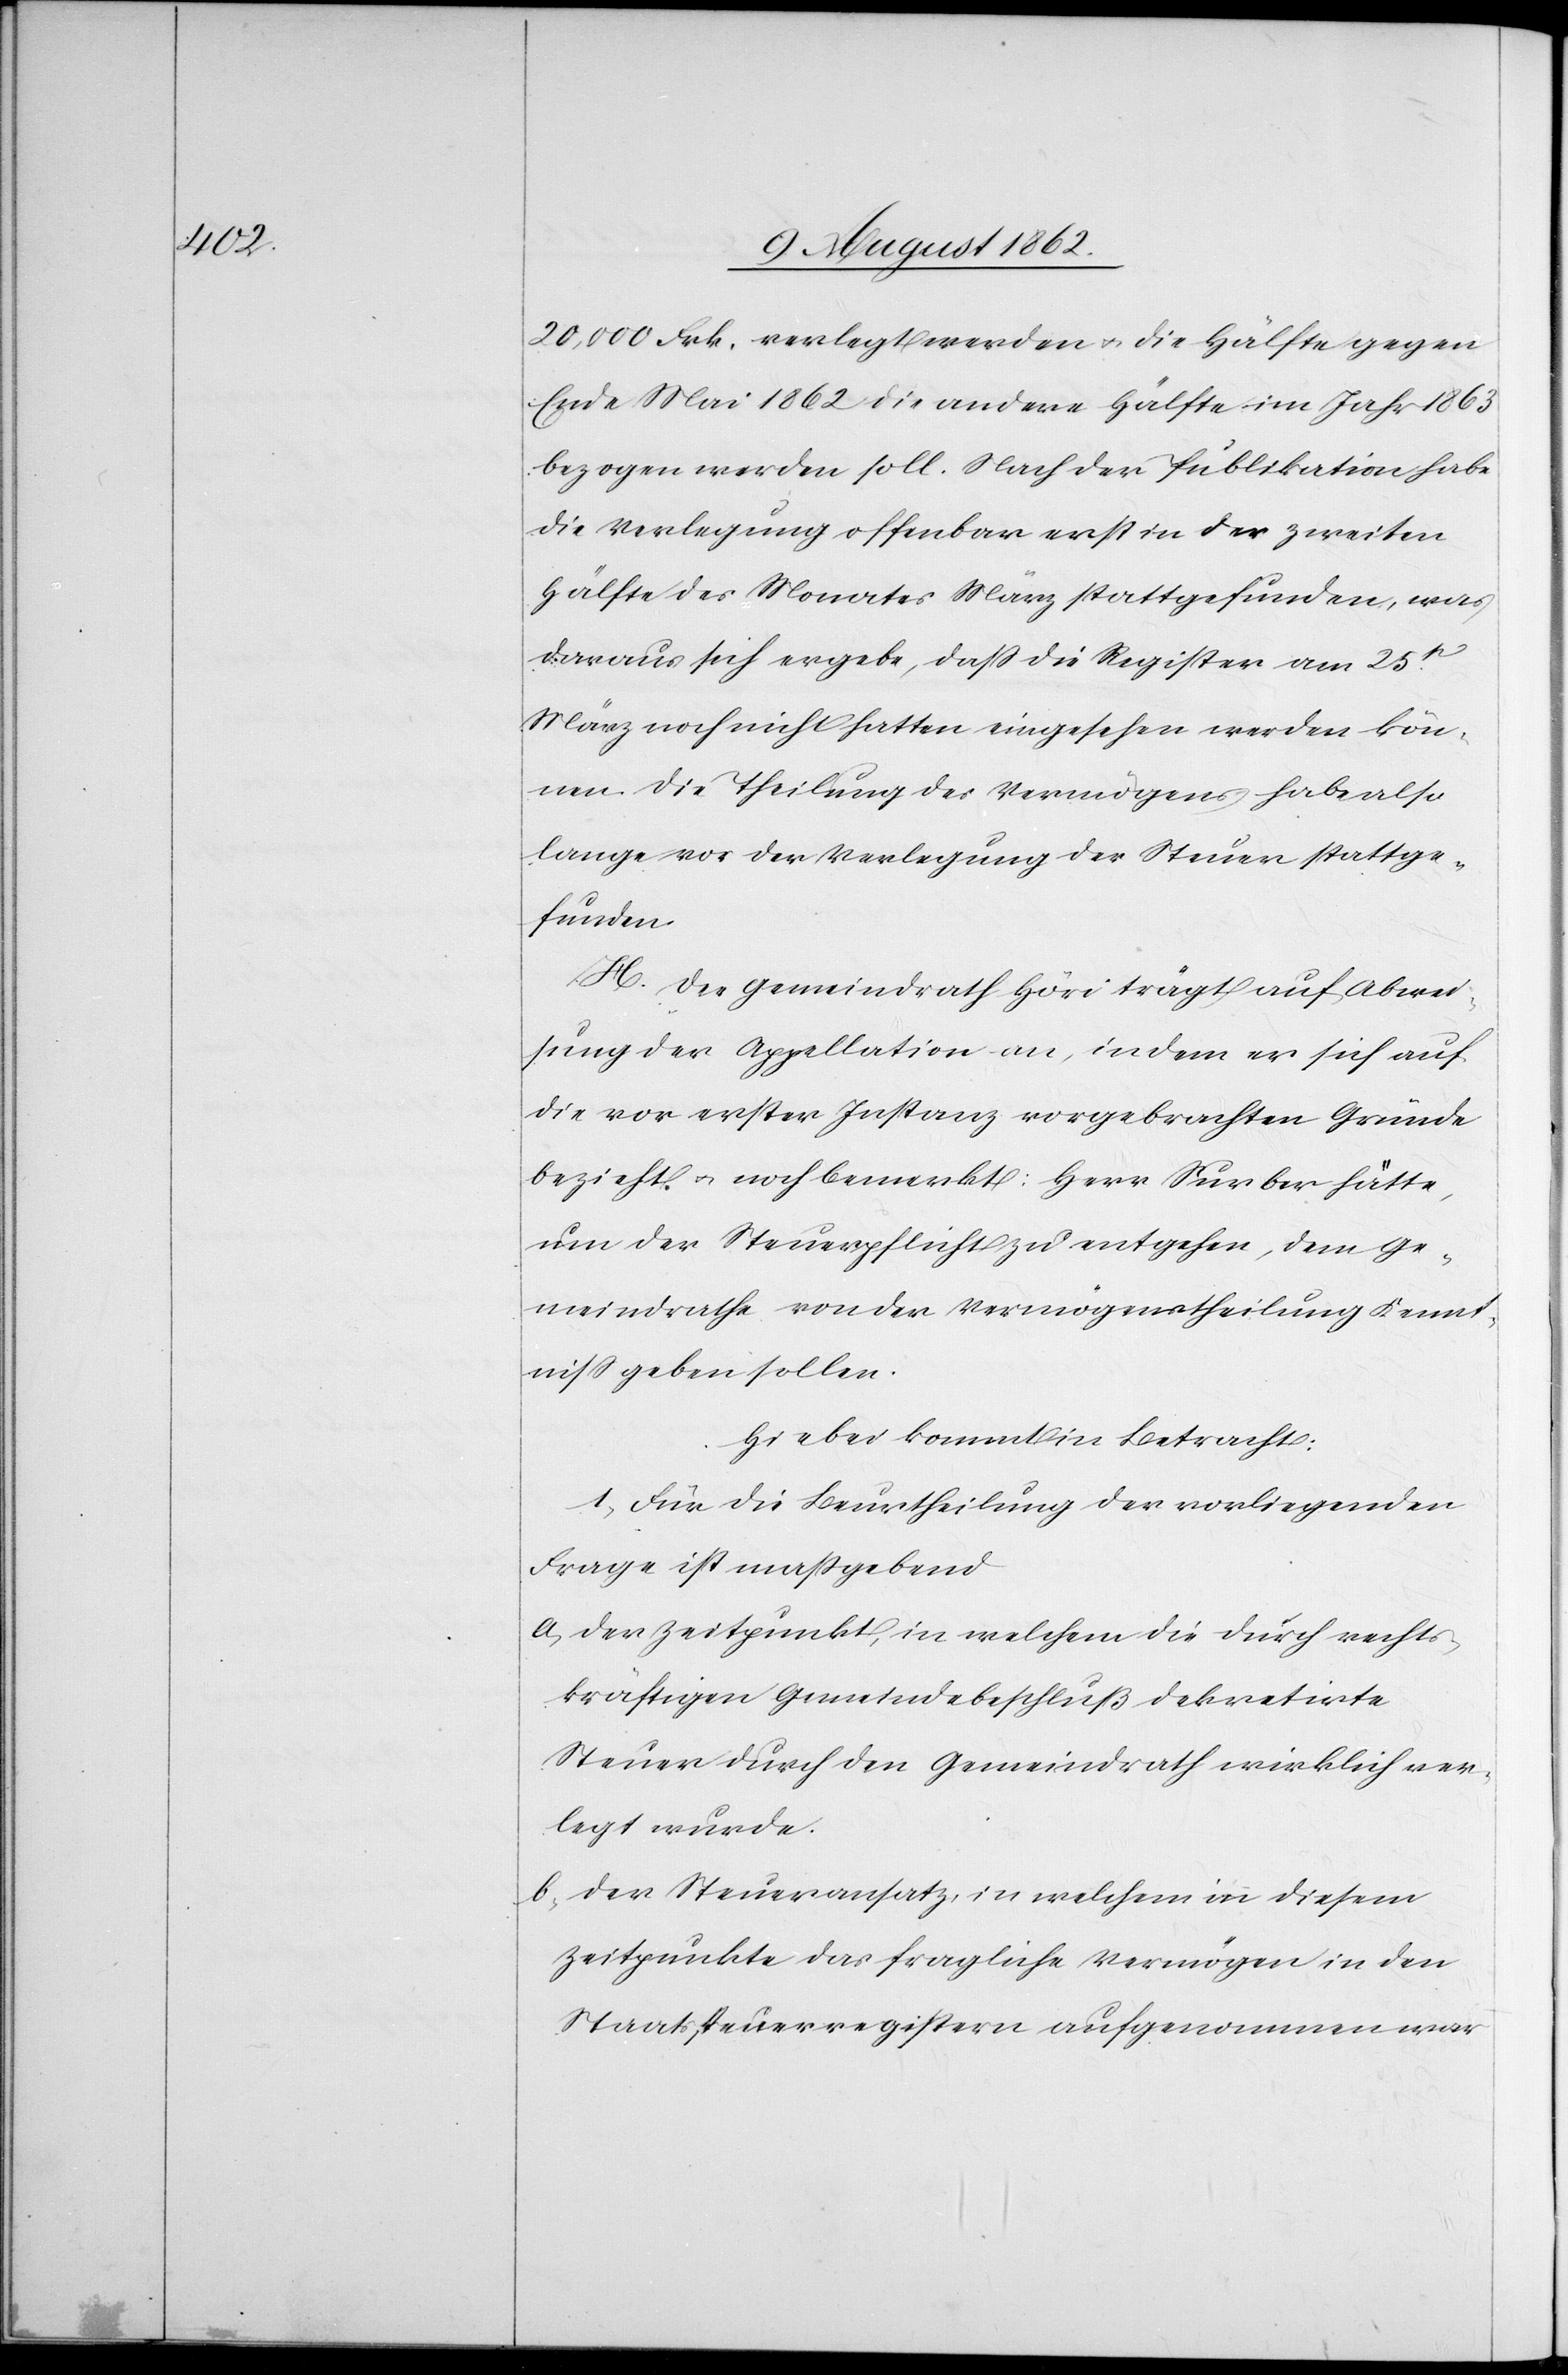
20,000 Frk. verlegt werden u. die Hälfte gegen
Ende Mai 1862 die andere Hälfte im Jahr 1863
bezogen werden soll. Nach der Publikation habe
die Verlegung offenbar erst in der zweiten
Hälfte des Monates März stattgefunden, was
daraus sich ergebe, daß die Register am 25st
März noch nicht hatten eingesehen werden kön¬
nen. Die Theilung des Vermögens habe also
lange vor der Verlegung der Steuer stattge¬
funden.
H. Der Gemeindrath Höri trägt auf Abwei¬
sung der Appellation an, indem er sich auf
die vor erster Instanz vorgebrachten Gründe
bezieht u. noch bemerkt: Herr Surber hätte
nun der Steuerpflicht zu entgegen, dem Ge¬
meindrathe von der Vermögenstheilung Kennt¬
niß geben sollen.
Hiebei kommt in Betracht:
1. Für die Beurtheilung der vorliegenden
Frage ist maßgebend
a. der Zeitpunkt, in welchem die durch rechts¬
kräftigen Gemeindebeschluß dekretirte
Steuer durch den Gemeindrath wirklich ver¬
legt wurde.
b. der Steueransatz, in welchem in diesem
Zeitpunkte das fragliche Vermögen in den
Staatssteuerregistern aufgenommen war